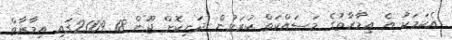
އެކަމަކު އެ އިމާރާތުގެ މަސައްކަތް ކުރަމުން ދަނިކޮށް ޖޫން 18 2009ގައި އިމާރާތް